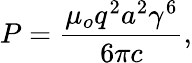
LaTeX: P={\frac{\mu_{o}q^{2}a^{2}\gamma^{6}}{6\pi c}},